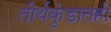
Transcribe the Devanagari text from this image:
तीर्थकुंडातही